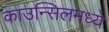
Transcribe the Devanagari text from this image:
काउन्सिलमध्ये